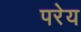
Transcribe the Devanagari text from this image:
परेय